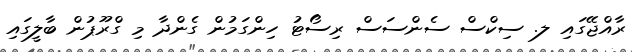
ރާއްޖޭގައި ލ. ސިކްސް ސެންސަސް ރިސޯޓު ހިންގަމުން ގެންދާ މި ގްރޫޕުން ބާލީގައި